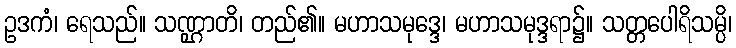
ဥဒကံ၊ ရေသည်။ သဏ္ဌာတိ၊ တည်၏။ မဟာသမုဒ္ဒေ၊ မဟာသမုဒ္ဒရာ၌။ သတ္တပေါရိသမ္ပိ၊